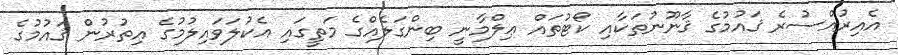
އެއިރުއްސުރެ ޤައުމުގެ ޤާނޫނުތަކާއި ކޯޓުތައް ޢިލްމާނީ ބިންގަލެއްގެ މަތީގައި އެކުލަވައިލުމުގެ އިތުރުން ޤައުމުގެ